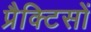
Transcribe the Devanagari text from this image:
प्रैक्टिसों